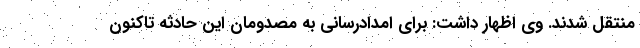
منتقل شدند. وی اظهار داشت: برای امدادرسانی به مصدومان این حادثه تاکنون